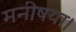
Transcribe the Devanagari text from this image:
मनीषया।